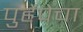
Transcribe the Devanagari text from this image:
पुर्हेपेचा